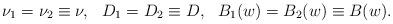
LaTeX: \begin{align*} \nu_1 =\nu_2\equiv \nu,~~ D_1=D_{2}\equiv D,~~ B_1(w) =B_2(w)\equiv B(w). \end{align*}